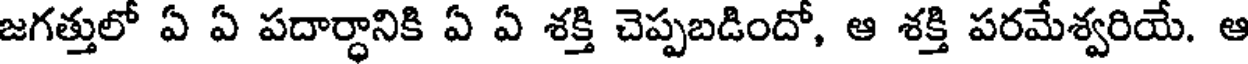
జగత్తులో ఏ ఏ పదార్ధానికి ఏ ఏ శక్తి చెప్పబడిందో, ఆ శక్తి పరమేశ్వరియే. ఆ